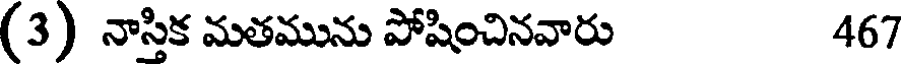
(3) నాస్తిక మతమును పోషించినవారు 467